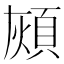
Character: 𩒏